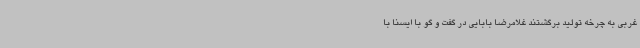
غربی به چرخه تولید برگشتند غلامرضا بابایی در گفت و گو با ایسنا با